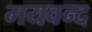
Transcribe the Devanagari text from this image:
मयवन्द